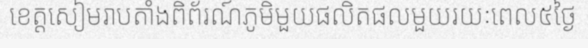
ខេត្តសៀមរាបតាំងពិព័រណ៍ភូមិមួយផលិតផលមួយរយៈពេល៥ថ្ងៃ